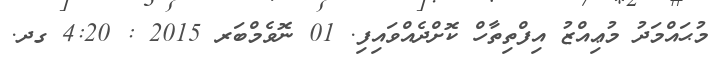
މުޙައްމަދު މުޢިއްޒު އިފްތިތާހް ކޮށްދެއްވައިފި. 01 ނޮވެމްބަރ 2015 : 4:20 ގދ.